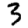
Digit: 3